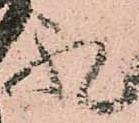
礼